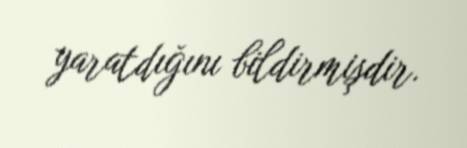
yaratdığını bildirmişdir.